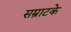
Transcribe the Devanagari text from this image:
सम्राटके